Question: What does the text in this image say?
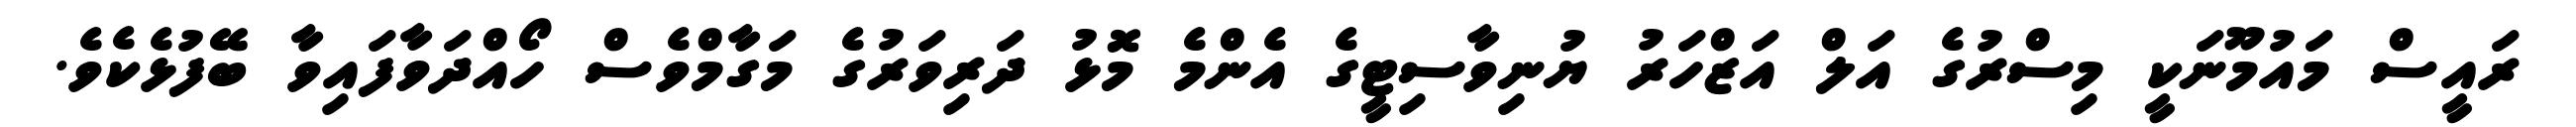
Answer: ރައީސް މައުމޫނަކީ މިސްރުގެ އަލް އަޒްހަރު ޔުނިވާސިޓީގެ އެންމެ މޮޅު ދަރިވަރުގެ މަގާމްވެސް ހޯއްދަވާފައިވާ ބޭފުޅެކެވެ.